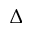
\Delta